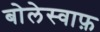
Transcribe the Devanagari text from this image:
बोलेस्वाफ़